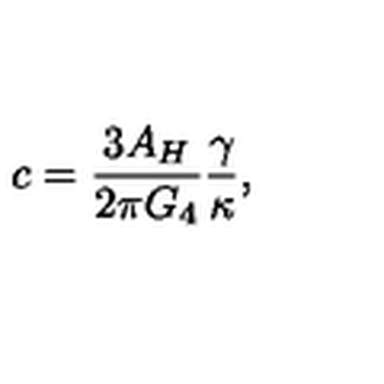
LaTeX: c = \frac { 3 A _ { H } } { 2 \pi G _ { 4 } } \frac { \gamma } { \kappa } ,